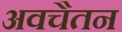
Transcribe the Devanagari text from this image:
अवचैतन